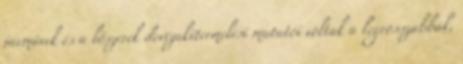
járművek és a lőszerek devizakitermelési mutatói voltak a legrosszabbak,